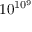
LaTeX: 1 0 ^ { 1 0 ^ { 9 } }